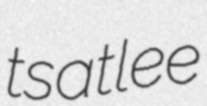
tsatlee